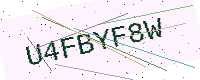
Text: U4FBYF8W